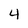
Character: 4